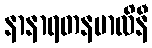
နာနာရတနမာလိနီ